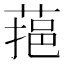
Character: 𦶂